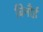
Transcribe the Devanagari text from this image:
बिनौई